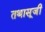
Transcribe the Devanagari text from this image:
तथासूजी